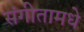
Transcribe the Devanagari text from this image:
संगीतामधे